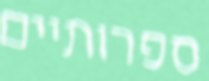
ספרותיים